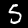
Digit: 5